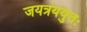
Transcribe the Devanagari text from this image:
जयत्रययुतः